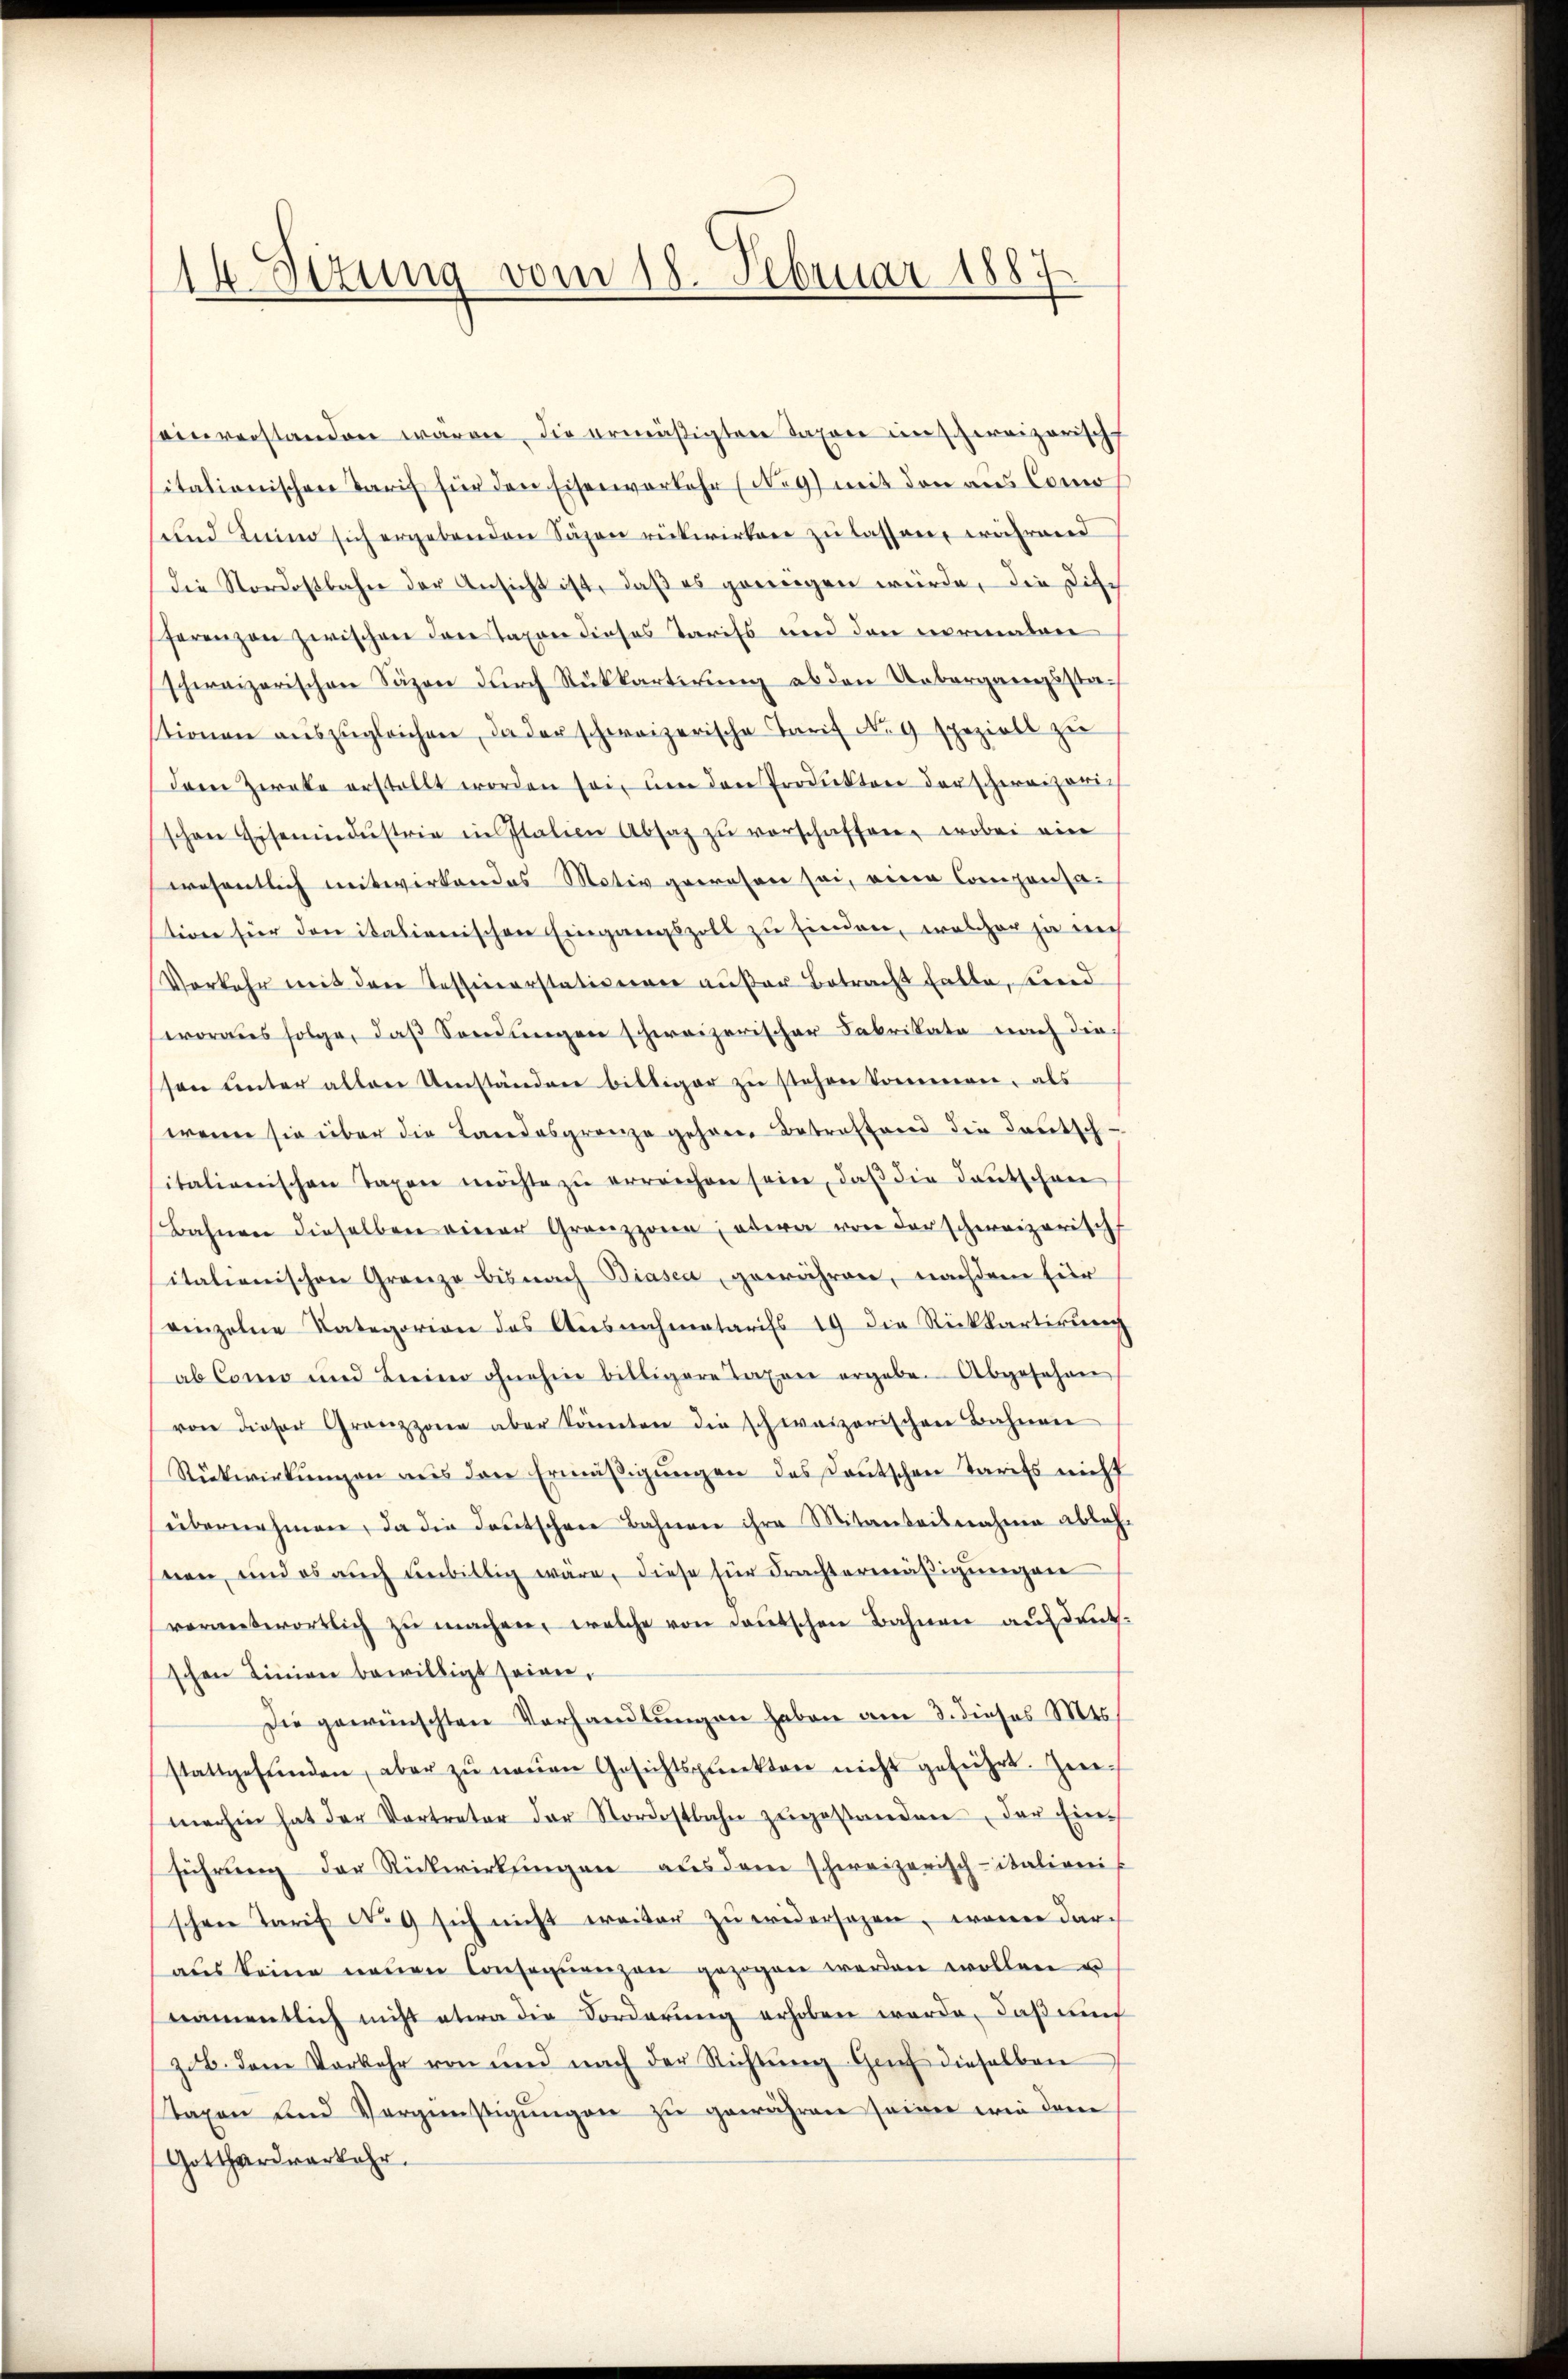
14. Sizung vom 18. Februar 1887

einverstanden wären, die ermäßigten Taxore in schweizerisch
sitalienischen Tarif für den Eisenverkehr (Neg) mit den aus Como
ŭnd Kind sich ergebenden Säzen rückwirken zŭ lassen, während
die Nordostbahn der Ansicht ist, daβ es genügen würde, die Disc
ferenzen zwischen den Taxen dieses Tarifs und den normalen
schweizerischen Säzen dŭrch Rükkartirung ab den Uebergangsstastionen aŭszŭgleichen, da der schweizerische Tarif N. 9 speziell zu
dem Zweke erstellt worden sei, um den Produktor der schweizeri
schon Eisenindŭstrie in Italien Absatz zŭ verschaffen, wobei ein
wesentlich mitwirkendes Motiv gewesen sei, eine Componsation für den italienischen Eingangszoll zu finden, welcher ja nich
Vorkehr mit den Tessinerstationen außer Betracht hatte, und
voraus folge, daβ Sondŭngen schweizerischer Fabrikate nach die
sen ŭnter allen Umständen billiger zŭ stehen kommen, als
wenn sie über die Landesgrenze gehen Betreffend die Teutsch-
italienischen Taxen möchte zŭ erreichen sein, daβ die Deutschen
Bahnen dieselben einer Grenzzone, etwa von der schweizerisch
italienischen Grenze bis nach Biasca, gewähren, nachdem Eier
einzelne Kategorien des Ausnahmatarifs 19 die Rückkartikums
ab Como und Beeine ohnehin billigere Taxen ergabe. Abgesehen
von dieser Grenzzone aber könnten die schweizerischen Bahnen
Rückwirkŭngen aŭs den Ermäβigŭngen des Deutschen Tarifs nicht
übernehmen, da die deutschen Bahnen ihre Mitanteilnahme ableh
nen, und es aŭch unbillig wäre, diese für Frachtermäβigŭngen
vornentwortlich zŭ machen, welche von deutschen Bahnen ausdeutschen Linien bewilligt seien,
Die gewünschten Verhandlungen haben am 3. dieses M
stattgefŭnden, aber zŭ neŭen Gesichtspunkten nicht geführt. Zweimachen hat der Vertreter der Nordostbahn zŭgestanden, der Ein-
führŭng der Rückwirkungen aus dem schweizerisch-italieni
schen Tarif No 9 sich nicht ereiter zŭ widersagen, wenn dar-
aŭs keine neŭen Conseqŭenzen gezogen werden wollen u
namentlich nicht etwa die Vorderung erhoben werde, daß mi
zb. dem Vorkehr von und nach der Richtŭng Genf dieselben
taxen und Vergünstigŭngen zu gewähren seinen wie dam
Gotthardverkehr.